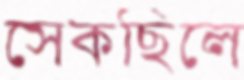
সেকছিলে